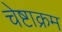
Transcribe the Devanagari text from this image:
चेष्टाक्रम